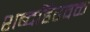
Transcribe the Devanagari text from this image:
शब्दहिरवळ